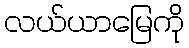
လယ်ယာမြေကို